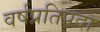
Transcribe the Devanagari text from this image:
वर्षप्रतिपदा